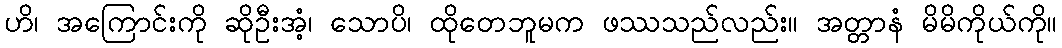
ဟိ၊ အကြောင်းကို ဆိုဦးအံ့၊ သောပိ၊ ထိုတေဘူမက ဖဿသည်လည်း။ အတ္တာနံ မိမိကိုယ်ကို။